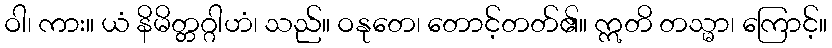
ဝါ၊ ကား။ ယံ နိမိတ္တဂ္ဂါဟံ၊ သည်။ ဝနုတေ၊ တောင့်တတ်၏။ ဣတိ တသ္မာ၊ ကြောင့်။